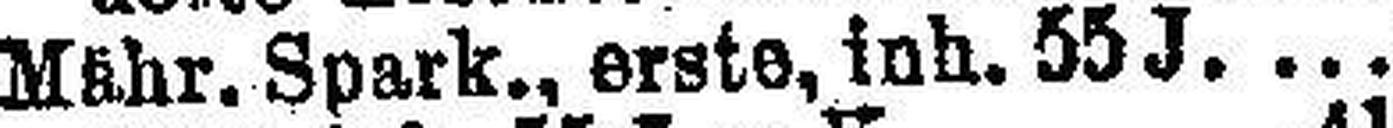
Mähr. Spark., erste, inb. 55J. 4